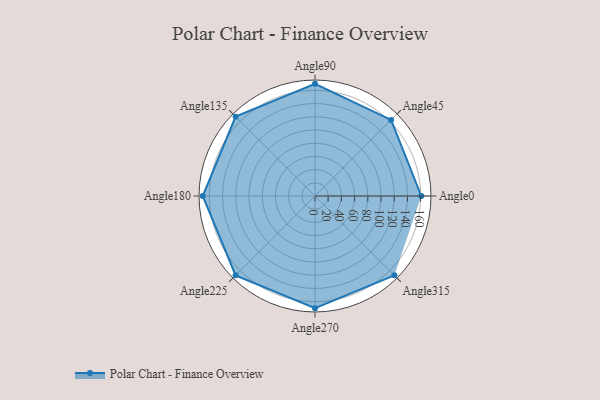
{"axis": {"x": "Angle", "y": "Radius"}, "legend": [""], "data": [{"x": "Angle0", "y": 161.0, "type": ""}, {"x": "Angle45", "y": 163.0, "type": ""}, {"x": "Angle90", "y": 170.0, "type": ""}, {"x": "Angle135", "y": 170, "type": ""}, {"x": "Angle180", "y": 170, "type": ""}, {"x": "Angle225", "y": 170, "type": ""}, {"x": "Angle270", "y": 170, "type": ""}, {"x": "Angle315", "y": 170, "type": ""}]}